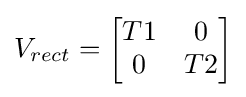
V_{rect}={\begin{bmatrix}T1&0\\0&T2\end{bmatrix}}